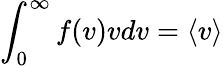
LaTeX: \int_{0}^{\infty}f(v)vdv=\langle v\rangle